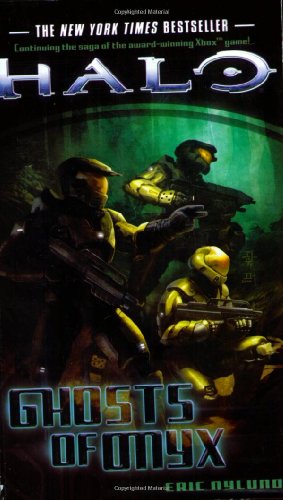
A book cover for Ghosts of Onyx (Halo); Eric Nylund; Science Fiction & Fantasy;